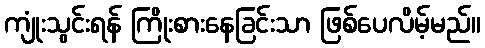
ကျုံးသွင်းရန် ကြိုးစားနေခြင်းသာ ဖြစ်ပေလိမ့်မည်။